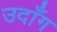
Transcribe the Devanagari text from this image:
उदाँग